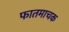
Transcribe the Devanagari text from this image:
फातमाचक